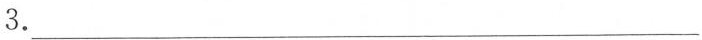
3.___